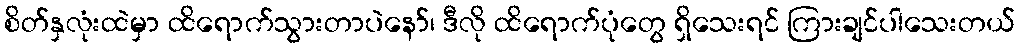
စိတ်နှလုံးထဲမှာ ထိရောက်သွားတာပဲနော်၊ ဒီလို ထိရောက်ပုံတွေ ရှိသေးရင် ကြားချင်ပါသေးတယ်